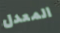
المعدل